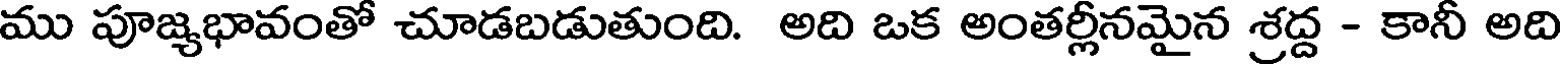
ము పూజ్యభావంతో చూడబడుతుంది. అది ఒక అంతర్లీనమైన శ్రద్ద - కానీ అది